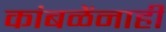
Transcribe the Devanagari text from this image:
कांबळेंनाही